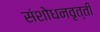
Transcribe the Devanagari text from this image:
संशोधनवृत्ती